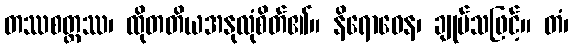
တဿစတ္တဿ၊ ထိုတတိယအနုလုံစိတ်၏။ နိရောဓေန၊ ချုပ်သဖြင့်။ တံ၊